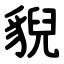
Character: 貎